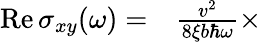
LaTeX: \begin{array}{rl}{\mathrm{Re}\, \sigma_{xy}(\omega)=}&{{}\frac{v^{2}}{8\xi b\hbar\omega}\times}\end{array}